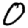
Digit: 0